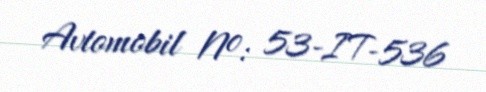
Avtomobil №: 53-IT-536